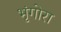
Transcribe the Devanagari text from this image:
भृंगोरा